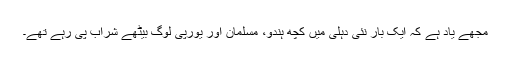
مجھے یاد ہے کہ ایک بار نئی دہلی میں کچھ ہندو، مسلمان اور یورپی لوگ بیٹھے شراب پی رہے تھے۔